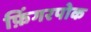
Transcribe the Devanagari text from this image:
फ़िंगरपोक